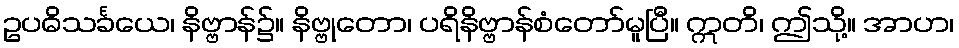
ဥပဓိသင်္ခယေ၊ နိဗ္ဗာန်၌။ နိဗ္ဗုတော၊ ပရိနိဗ္ဗာန်စံတော်မူပြီ။ ဣတိ၊ ဤသို့။ အာဟ၊